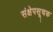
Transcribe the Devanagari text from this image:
संक्षेपसूचक